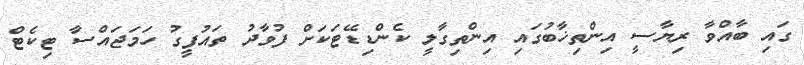
ގައި ބާއްވާ ރިޔާސީ އިންތިޚާބުގައި އިންތިގާލީ ކެންޑިޑޭޓަކަށް ފުވާދު ތައުފީގު ހަމަޖައްސާ ޓިކެޓް